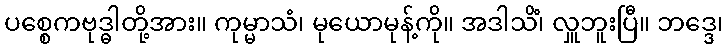
ပစ္စေကဗုဒ္ဓါတို့အား။ ကုမ္မာသံ၊ မုယောမုန့်ကို။ အဒါသိံ၊ လှူဘူးပြီ။ ဘဒ္ဒေ၊